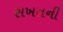
સખતની